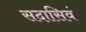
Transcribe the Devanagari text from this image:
सदासिवं